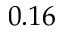
0 . 1 6